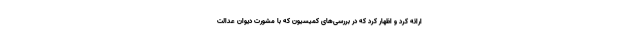
ارائه کرد و اظهار کرد که در بررسی‌های کمیسیون که با مشورت دیوان عدالت